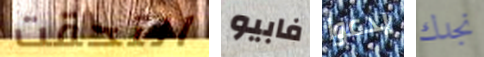
التحقت فابيو يدعوا نجدك